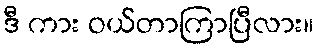
ဒီ ကား ဝယ်တာကြာပြီလား။